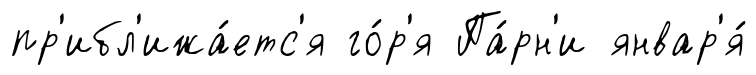
пр'ибл'ижа́етс'я го́р'я Па́рн'и январ'я́